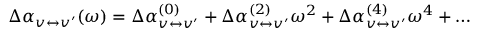
\Delta \alpha _ { v \leftrightarrow v ^ { \prime } } ( \omega ) = \Delta \alpha _ { v \leftrightarrow v ^ { \prime } } ^ { ( 0 ) } + \Delta \alpha _ { v \leftrightarrow v ^ { \prime } } ^ { ( 2 ) } \omega ^ { 2 } + \Delta \alpha _ { v \leftrightarrow v ^ { \prime } } ^ { ( 4 ) } \omega ^ { 4 } + \ldots